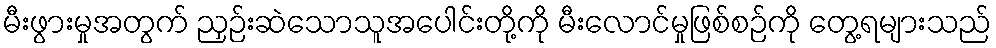
မီးဖွားမှုအတွက် ညှဉ်းဆဲသောသူအပေါင်းတို့ကို မီးလောင်မှုဖြစ်စဉ်ကို တွေ့ရများသည်